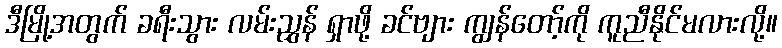
ဒီမြို့အတွက် ခရီးသွား လမ်းညွှန် ရှာဖို့ ခင်ဗျား ကျွန်တော့်ကို ကူညီနိုင်မလားလို့။